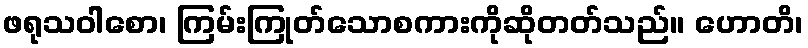
ဖရုသဝါစော၊ ကြမ်းကြုတ်သောစကားကိုဆိုတတ်သည်။ ဟောတိ၊